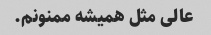
عالی مثل همیشه ممنونم.